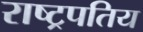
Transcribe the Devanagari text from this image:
राष्ट्रपतिय